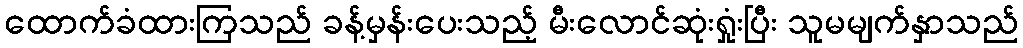
ထောက်ခံထားကြသည် ခန့်မှန်းပေးသည့် မီးလောင်ဆုံးရှုံးပြီး သူမမျက်နှာသည်